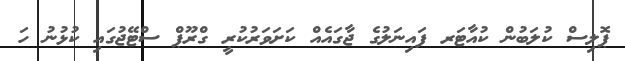
ޕޮލިސް ކުލަބުން ކުއާޓަރ ފައިނަލުގެ ޖާގައެއް ކަށަވަރުކުރީ ގްރޫޕް ސްޓޭޖުގައި ކުޅުނު ހަ